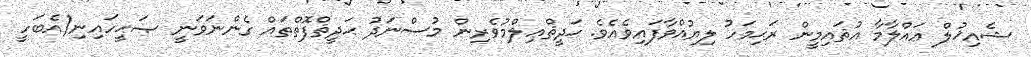
ޝެއިޚުލް ޢައްލާމާ އުޘައިމީން ރަޙިމަހު ލިޔުއްވާފައިވެއެވެ. ޙަދީޘްޢިލްމުވެރިން މުސްނަދު ޙަދީޘްފޮތްތައް ގެންނަވަނީ ޞަޙީހައިނި(އެބަހީ